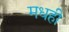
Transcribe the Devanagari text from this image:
मधही